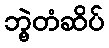
ဘွဲ့တံဆိပ်